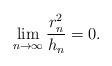
LaTeX: \begin{align*}\lim_{n\to \infty} \frac{r_n^2}{h_n} = 0 . \end{align*}